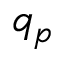
q _ { p }